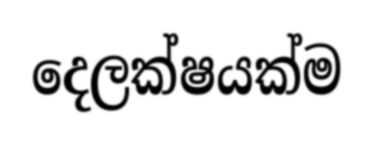
දෙලක්ෂයක්ම